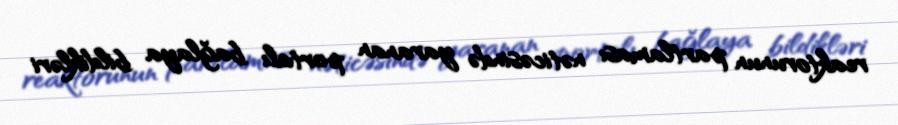
reaktorunun partlaması nəticəsində yaranan portalı bağlaya bildikləri